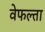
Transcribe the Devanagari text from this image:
वेफल्ता